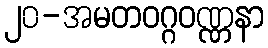
၂၀-အမတဝဂ္ဂဝဏ္ဏနာ